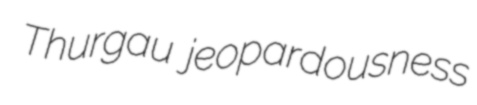
Thurgau jeopardousness